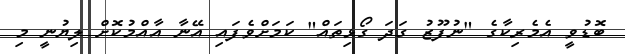
ބޮޑުވީ އެމެރިކާގެ "ނުފޫޒު ގަދަ ގޯޅިތައް" ކަމަށްވެފައި އޭނާ އާއްމުކޮށް ލިޔުނީ މި